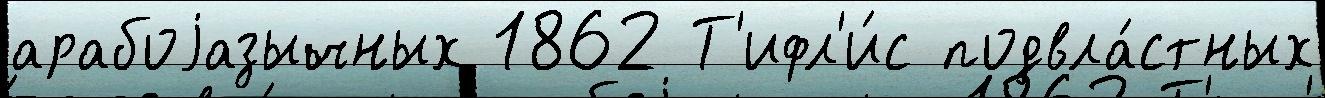
арабоjазычных 1862 Т'ифл'и́с подвла́стных